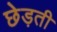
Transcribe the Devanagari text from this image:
छेड़ती